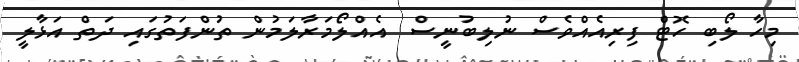
މިހާ ލޯބި ހޮޓް ފިރިއެއްވެސް ނުލިބުނީސް  އެއްލޯމަރާލަމުން ތުންފަތުގައި ދަތް އަޅާލީ